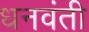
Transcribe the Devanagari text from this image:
धनवंती